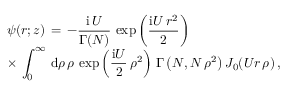
\begin{array} { l } { \displaystyle \psi ( \boldsymbol { r } ; z ) \, = \, - \frac { \mathrm { i } \, U } { \Gamma ( N ) } \, \exp \left( \frac { \mathrm { i } U \, r ^ { 2 } } 2 \right) \, } \\ { \displaystyle \times \, \int _ { 0 } ^ { \infty } \, \mathrm { d } \rho \, \rho \, \exp \left( \frac { \mathrm { i } U } 2 \, \rho ^ { 2 } \right) \, { \Gamma \left( N , N \, \rho ^ { 2 } \right) } \, J _ { 0 } ( U r \, \rho ) \, , } \end{array}